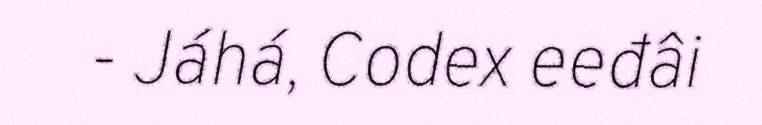
- Jáhá, Codex eeđâi